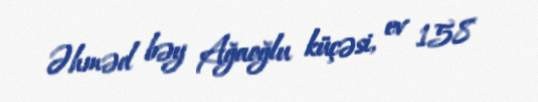
Əhməd bəy Ağaoğlu küçəsi, ev 158